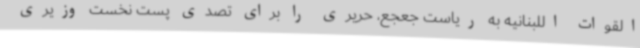
القوات اللبنانیه به ریاست جعجع، حریری را برای تصدی پست نخست وزیری